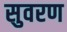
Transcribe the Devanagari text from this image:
सुवरण